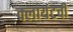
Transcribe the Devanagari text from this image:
क्लायंटची